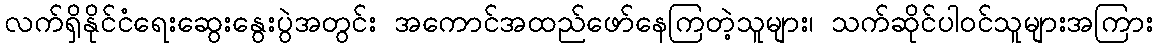
လက်ရှိနိုင်ငံရေးဆွေးနွေးပွဲအတွင်း အကောင်အထည်ဖော်နေကြတဲ့သူများ၊ သက်ဆိုင်ပါဝင်သူများအကြား